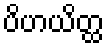
ပိဟယိတ္ထ